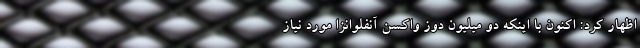
اظهار کرد: اکنون با اینکه دو میلیون دوز واکسن آنفلوانزا مورد نیاز